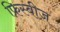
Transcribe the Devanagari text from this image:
फ्रिस्बीज़